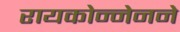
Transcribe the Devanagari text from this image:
रायकोन्नेनने